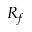
R _ { f }